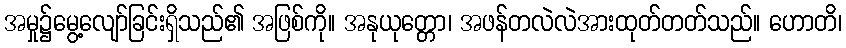
အမှု၌မွေ့လျော်ခြင်းရှိသည်၏ အဖြစ်ကို။ အနုယုတ္တော၊ အဖန်တလဲလဲအားထုတ်တတ်သည်။ ဟောတိ၊